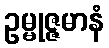
ဥမ္မုဇ္ဇမာနံ